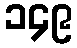
၁၄၉